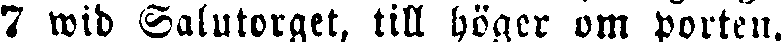
7 wid Salutorget, till höger om porten.